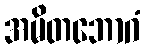
အမိတဘောဂံ